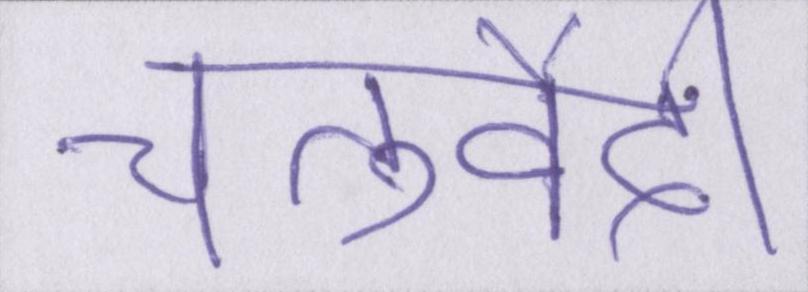
चतुर्वेदी